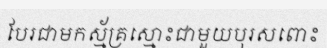
បែរជាមកស្ម័គ្រស្មោះជាមួយបុរសពោះ